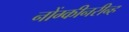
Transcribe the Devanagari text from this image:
नोंग्कीनरीन्ह